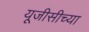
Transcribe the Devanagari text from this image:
यूजीसीच्या